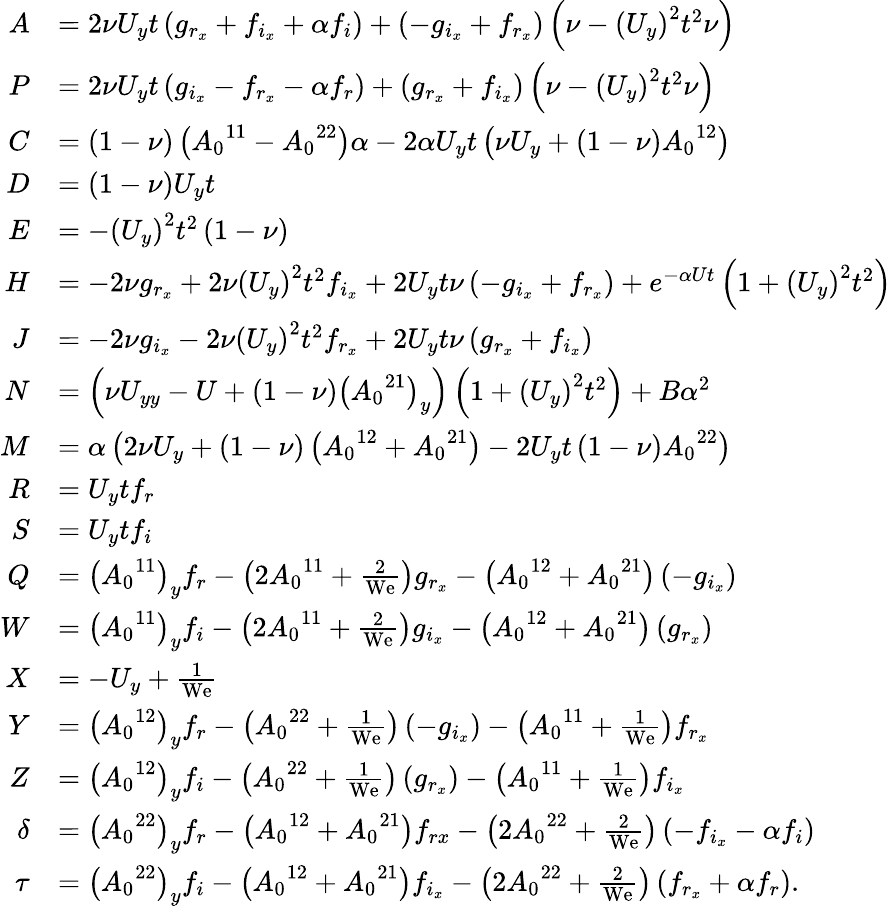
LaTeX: \begin{array}{rl}{{A}}&{=2\nu{U_{y}}t\left(g_{r_{x}}+f_{i_{x}}+\alpha f_{i}\right)+\left(-g_{i_{x}}+f_{r_{x}}\right)\left(\nu-{\left({U_{y}}\right)}^{2}t^{2}\nu\right)}\\ {{P}}&{=2\nu{U_{y}}t\left(g_{i_{x}}-f_{r_{x}}-\alpha f_{r}\right)+\left(g_{r_{x}}+f_{i_{x}}\right)\left(\nu-{\left({U_{y}}\right)}^{2}t^{2}\nu\right)}\\ {{C}}&{=\left(1-\nu\right)\left({A_{0}}^{11}-{A_{0}}^{22}\right)\alpha-2\alpha{U_{y}}t\left(\nu{U_{y}}+\left(1-\nu\right){A_{0}}^{12}\right)}\\ {{D}}&{=\left(1-\nu\right){U_{y}}t}\\ {{E}}&{=-\left({{U_{y}}}\right)^{2}t^{2}\left(1-\nu\right)}\\ {{H}}&{=-2\nu g_{r_{x}}+2\nu{\left({U_{y}}\right)}^{2}t^{2}f_{i_{x}}+2{U_{y}}t\nu\left(-g_{i_{x}}+f_{r_{x}}\right)+e^{-\alpha Ut}\left(1+{{\left(U_{y}\right)}}^{2}t^{2}\right)}\\ {{J}}&{=-2\nu g_{i_{x}}-2\nu{\left({U_{y}}\right)}^{2}t^{2}f_{r_{x}}+2{U_{y}}t\nu\left(g_{r_{x}}+f_{i_{x}}\right)}\\ {{N}}&{=\left(\nu{U_{yy}}-U+\left(1-\nu\right){{\left({A_{0}}^{21}\right)}_{y}}\right)\left(1+{{\left(U_{y}\right)}}^{2}t^{2}\right)+B\alpha^{2}}\\ {{M}}&{=\alpha\left(2\nu{U_{y}}+\left(1-\nu\right)\left({A_{0}}^{12}+{A_{0}}^{21}\right)-2{U_{y}}t\left(1-\nu\right){A_{0}}^{22}\right)}\\ {{R}}&{={U_{y}}tf_{r}}\\ {{S}}&{={U_{y}}tf_{i}}\\ {{Q}}&{={{\left({A_{0}}^{11}\right)}_{y}}f_{r}-\left(2{A_{0}}^{11}+\frac{2}{\mathrm{We}}\right)g_{r_{x}}-\left({A_{0}}^{12}+{A_{0}}^{21}\right)\left(-g_{i_{x}}\right)}\\ {{W}}&{={{\left({A_{0}}^{11}\right)}_{y}}f_{i}-\left(2{A_{0}}^{11}+\frac{2}{\mathrm{We}}\right)g_{i_{x}}-\left({A_{0}}^{12}+{A_{0}}^{21}\right)\left(g_{r_{x}}\right)}\\ {{X}}&{=-{U_{y}}+\frac{1}{\mathrm{We}}}\\ {{Y}}&{={{\left({A_{0}}^{12}\right)}_{y}}f_{r}-\left({A_{0}}^{22}+\frac{1}{\mathrm{We}}\right)\left(-g_{i_{x}}\right)-\left({A_{0}}^{11}+\frac{1}{\mathrm{We}}\right)f_{r_{x}}}\\ {{Z}}&{={{\left({A_{0}}^{12}\right)}_{y}}f_{i}-\left({A_{0}}^{22}+\frac{1}{\mathrm{We}}\right)\left(g_{r_{x}}\right)-\left({A_{0}}^{11}+\frac{1}{\mathrm{We}}\right)f_{i_{x}}}\\ {{\delta}}&{={{\left({A_{0}}^{22}\right)}_{y}}f_{r}-\left({A_{0}}^{12}+{A_{0}}^{21}\right)f_{rx}-\left(2{A_{0}}^{22}+\frac{2}{\mathrm{We}}\right)\left(-f_{i_{x}}-\alpha f_{i}\right)}\\ {{\tau}}&{={{\left({A_{0}}^{22}\right)}_{y}}f_{i}-\left({A_{0}}^{12}+{A_{0}}^{21}\right)f_{i_{x}}-\left(2{A_{0}}^{22}+\frac{2}{\mathrm{We}}\right)\left(f_{r_{x}}+\alpha f_{r}\right).}\end{array}